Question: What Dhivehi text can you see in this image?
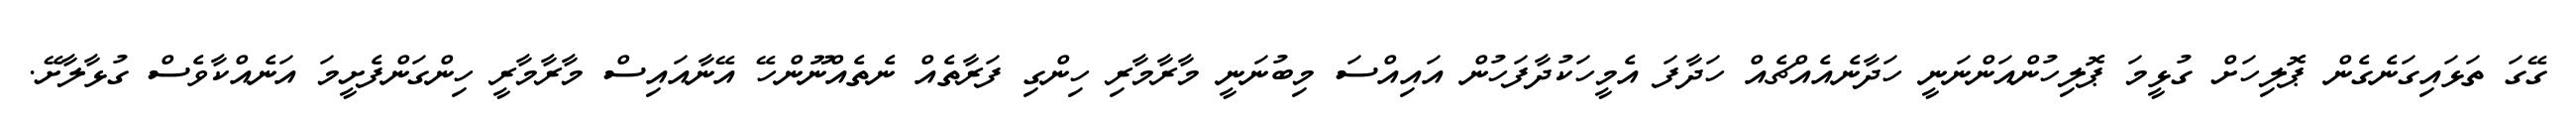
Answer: ގޭގަ ތަޅައިގަނެގެން ޕޮލިހަށް ގުޅީމަ ޕޮލިހުންއަންނަނީ ހަދާނެއެއްޗެއް ހަދާފަ އެމީހަކުދާފަހުން އައިއްސަ މިބުނަނީ މާރާމާރި ހިންގި ފަރާތެއް ނެތެއްނޫންހޭ އޭނާއައިސް މާރާމާރީ ހިންގަންފެށީމަ އަނެއްކާވެސް ގުޅާލާށޭ.